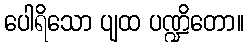
ပေါရိသော ပျထ ပဏ္ဍိတော။